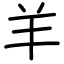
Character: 羊